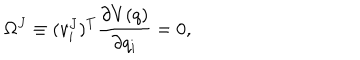
LaTeX: \Omega ^ { J } \equiv ( v _ { i } ^ { J } ) ^ { T } \frac { \partial V ( q ) } { \partial q _ { i } } = 0 ,